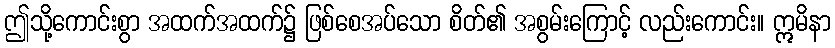
ဤသို့ကောင်းစွာ အထက်အထက်၌ ဖြစ်စေအပ်သော စိတ်၏ အစွမ်းကြောင့် လည်းကောင်း။ ဣမိနာ